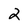
Character: 2